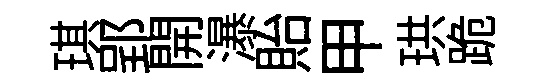
琪郢開瀑貽甲珙跪